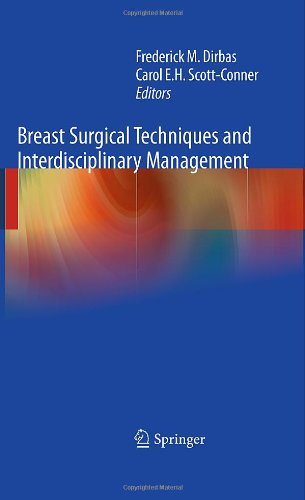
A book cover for Breast Surgical Techniques and Interdisciplinary Management; Health, Fitness & Dieting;